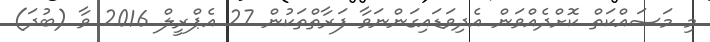
މި މަސައްކަތް ކޮށްދެއްވަން އެދިވަޑައިގަންނަވާ ފަރާތްތަކުން 27 އެޕްރީލް 2016 ވާ (ބުދަ)